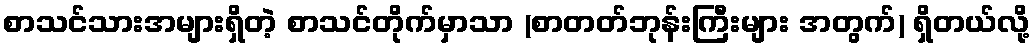
စာသင်သားအများရှိတဲ့ စာသင်တိုက်မှာသာ (စာတတ်ဘုန်းကြီးများ အတွက်) ရှိတယ်လို့